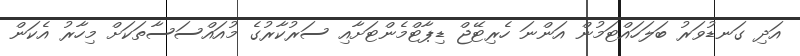
އަދި ގަނޑުވަރު ބަލަހައްޓަމުން އަންނަ ހެރިޓޭޖް ޑިޕާޓްމެންޓަށާއި ސަރުކާރުގެ މުއައްސަސާތަކަށް މިހާރު އެކަން